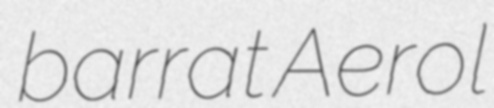
barrat Aerol